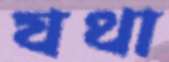
যথা